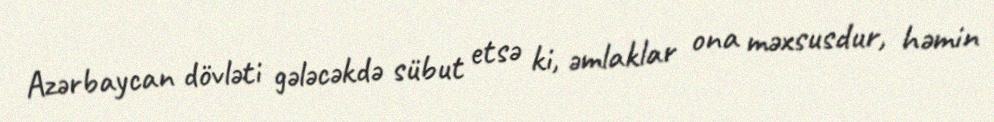
Azərbaycan dövləti gələcəkdə sübut etsə ki, əmlaklar ona məxsusdur, həmin